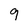
Character: 9